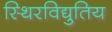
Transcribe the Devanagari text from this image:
स्थिरविद्युतिय